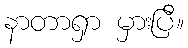
နာတာရှာ မှားပြီ။